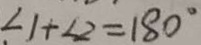
\angle 1 + \angle 2 = 1 8 0 ^ { \circ }